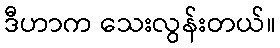
ဒီဟာက သေးလွန်းတယ်။